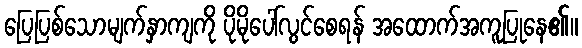
ပြေပြစ်သောမျက်နှာကျကို ပိုမိုပေါ်လွင်စေရန် အထောက်အကူပြုနေ၏။